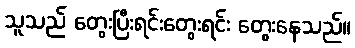
သူသည် တွေးပြီးရင်းတွေးရင်း တွေးနေသည်။